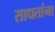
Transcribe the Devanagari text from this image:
साधतांना